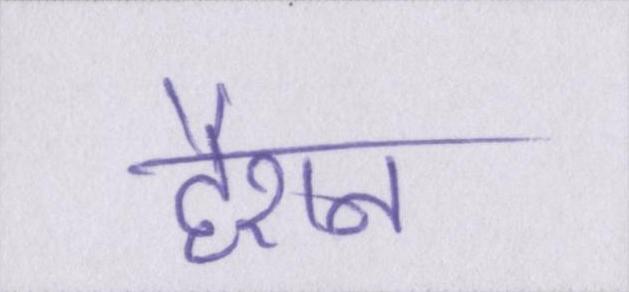
हैरान